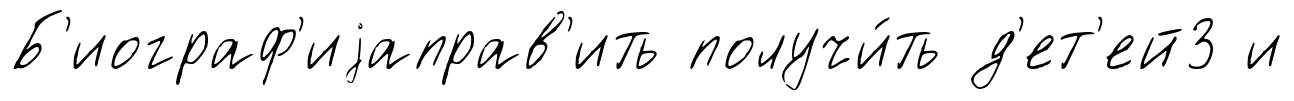
Б'иограф'иjаправ'ить получи́ть д'ет'ей3 и